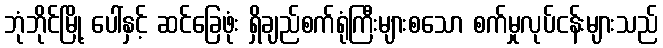
ဘုံဘိုင်မြို့ ပေါ်နှင့် ဆင်ခြေဖုံး ရှိချည်စက်ရုံကြီးများစသော စက်မှုလုပ်ငန်းများသည်